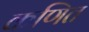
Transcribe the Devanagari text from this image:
कणित